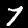
Label: 7